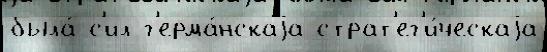
была́ с'ил г'ерма́нскаjа страт'ег'и́ческаjа